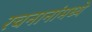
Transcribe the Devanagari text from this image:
रचनानांमध्ये